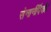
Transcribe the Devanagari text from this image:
सेनानींपैकी